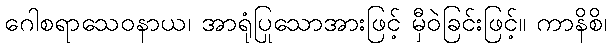
ဂေါစရာသေဝနာယ၊ အာရုံပြုသောအားဖြင့် မှီဝဲခြင်းဖြင့်။ ကာနိစိ၊